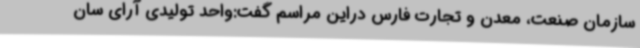
سازمان صنعت، معدن و تجارت فارس دراین مراسم گفت:واحد تولیدی آرای سان